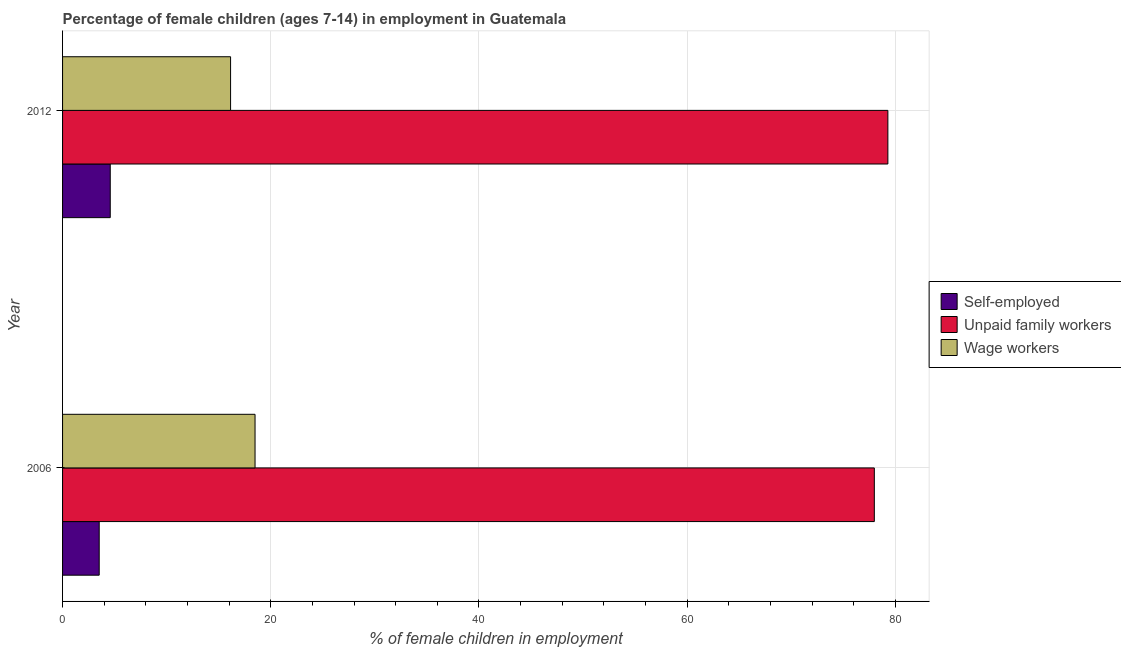
| Year | Self-employed | Unpaid family workers | Wage workers |
 | --- | --- | --- | --- |
 | 2006 | 3.52 | 78 | 18.5 |
 | 2012 | 4.58 | 79.3 | 16.1 |